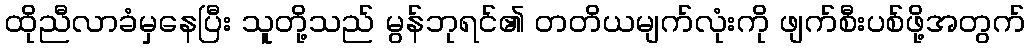
ထိုညီလာခံမှနေပြီး သူတို့သည် မွန်ဘုရင်၏ တတိယမျက်လုံးကို ဖျက်စီးပစ်ဖို့အတွက်